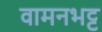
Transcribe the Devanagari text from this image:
वामनभट्ट